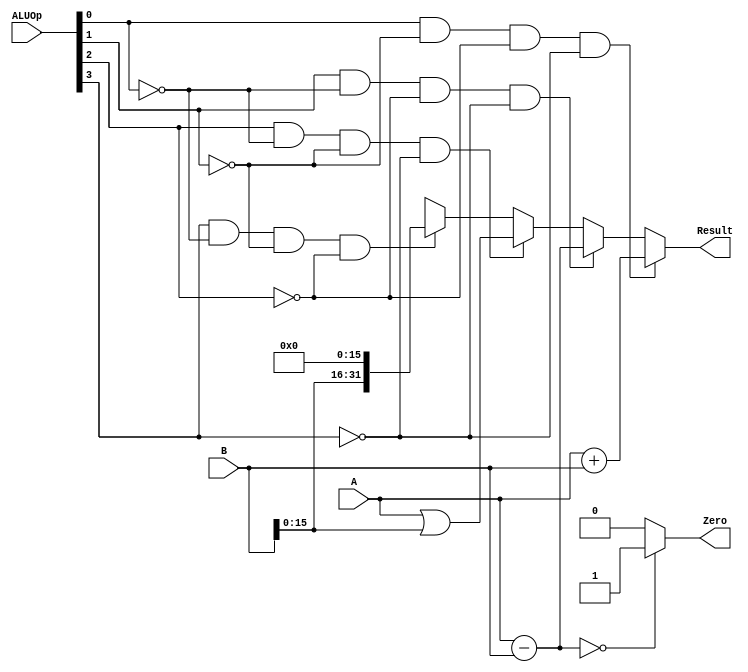
`timescale 1ns / 1ps
//////////////////////////////////////////////////////////////////////////////////
// Company: 
// Engineer: 
// 
// Design Name: 
// Module Name:    ALU 
// Project Name: 
// Target Devices: 
// Tool versions: 
// Description: 
//
// Dependencies: 
//
// Revision: 
// Revision 0.01 - File Created
// Additional Comments: 
//
//////////////////////////////////////////////////////////////////////////////////
module ALU(
    input [31:0] A,
    input [31:0] B,
    input [3:0] ALUOp,
    output [31:0] Result,
    output Zero
    );
	 
	wire [31:0] HI, OR; //
	assign HI = {B[15:0], 16'b0}, /**/
			 OR = {16'b0, B[15:0]}; /**/
	 
	assign Result = (ALUOp[0] && !ALUOp[1] && !ALUOp[2] && !ALUOp[3]) ? (A + B) : 
	{ 
		(ALUOp[1] && !ALUOp[0] && !ALUOp[2] && !ALUOp[3]) ? (A - B) : 
		{
			(ALUOp[2] && !ALUOp[0] && !ALUOp[1] && !ALUOp[3]) ? A | OR:
			{
				(ALUOp[3] && !ALUOp[0] && !ALUOp[1] && !ALUOp[2]) ? HI : 32'hx
			}
		}
	};
	
	assign Zero = !(A - B)? 'b1 : 'b0;
	
	
endmodule